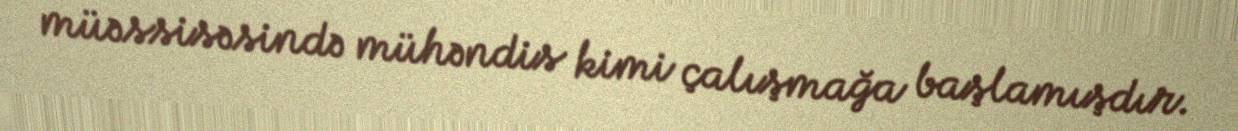
müəssisəsində mühəndis kimi çalışmağa başlamışdır.